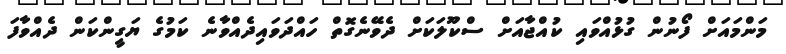
މަންމައަށް ފޯނުން ގުޅުއްވައި ކުއްޖާއަށް ސްކޫލަކަށް ދެވޭނެގޮތް ހައްދަވައިދެއްވާނެ ކަމުގެ ޔަގީންކަން ދެއްވާފަ